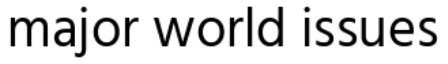
major world issues